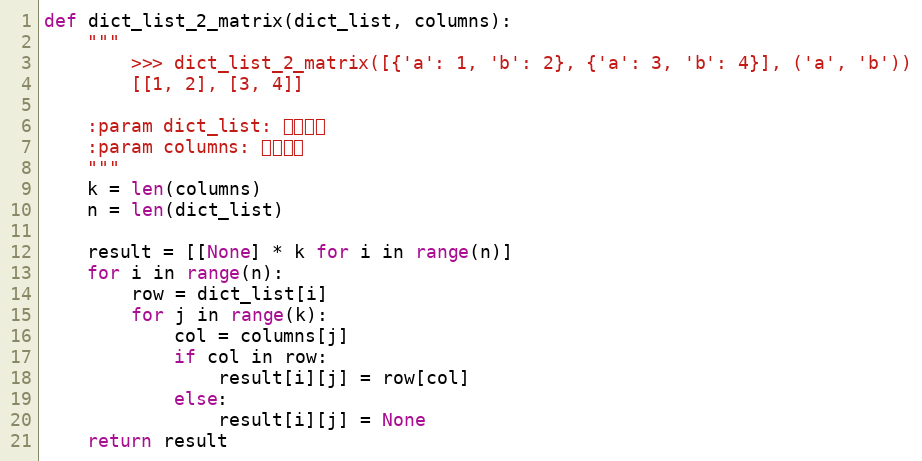
Language: Python
def dict_list_2_matrix(dict_list, columns):
    """
        >>> dict_list_2_matrix([{'a': 1, 'b': 2}, {'a': 3, 'b': 4}], ('a', 'b'))
        [[1, 2], [3, 4]]

    :param dict_list: 字典列表
    :param columns: 字典的键
    """
    k = len(columns)
    n = len(dict_list)

    result = [[None] * k for i in range(n)]
    for i in range(n):
        row = dict_list[i]
        for j in range(k):
            col = columns[j]
            if col in row:
                result[i][j] = row[col]
            else:
                result[i][j] = None
    return result